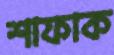
শাফাক